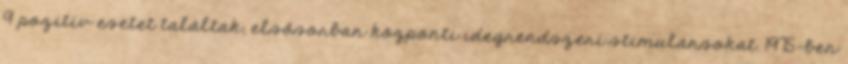
9 pozitív esetet találtak, elsősorban központi idegrendszeri stimulánsokat. 1975-ben